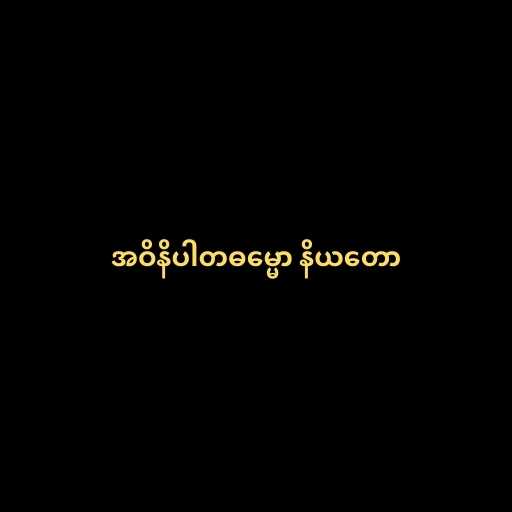
အဝိနိပါတဓမ္မော နိယတော